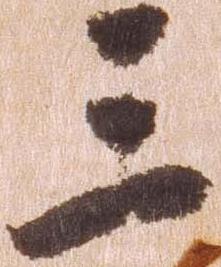
三